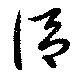
謂